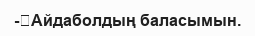
-	Айдаболдың баласымын.